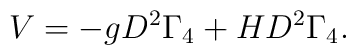
V=-g D^2 \Gamma_4 +H D^2 \Gamma_4.